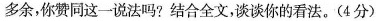
多余，你赞同这一说法吗?结合全文，谈谈你的看法。(4分)